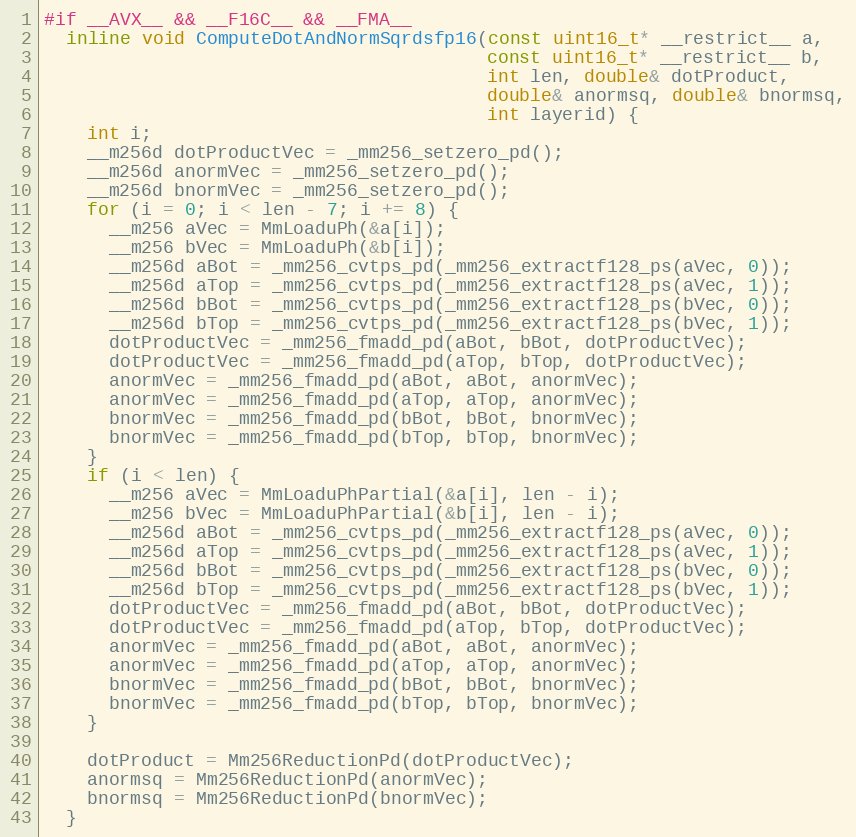
Language: C
#if __AVX__ && __F16C__ && __FMA__
  inline void ComputeDotAndNormSqrdsfp16(const uint16_t* __restrict__ a,
                                         const uint16_t* __restrict__ b,
                                         int len, double& dotProduct,
                                         double& anormsq, double& bnormsq,
                                         int layerid) {
    int i;
    __m256d dotProductVec = _mm256_setzero_pd();
    __m256d anormVec = _mm256_setzero_pd();
    __m256d bnormVec = _mm256_setzero_pd();
    for (i = 0; i < len - 7; i += 8) {
      __m256 aVec = MmLoaduPh(&a[i]);
      __m256 bVec = MmLoaduPh(&b[i]);
      __m256d aBot = _mm256_cvtps_pd(_mm256_extractf128_ps(aVec, 0));
      __m256d aTop = _mm256_cvtps_pd(_mm256_extractf128_ps(aVec, 1));
      __m256d bBot = _mm256_cvtps_pd(_mm256_extractf128_ps(bVec, 0));
      __m256d bTop = _mm256_cvtps_pd(_mm256_extractf128_ps(bVec, 1));
      dotProductVec = _mm256_fmadd_pd(aBot, bBot, dotProductVec);
      dotProductVec = _mm256_fmadd_pd(aTop, bTop, dotProductVec);
      anormVec = _mm256_fmadd_pd(aBot, aBot, anormVec);
      anormVec = _mm256_fmadd_pd(aTop, aTop, anormVec);
      bnormVec = _mm256_fmadd_pd(bBot, bBot, bnormVec);
      bnormVec = _mm256_fmadd_pd(bTop, bTop, bnormVec);
    }
    if (i < len) {
      __m256 aVec = MmLoaduPhPartial(&a[i], len - i);
      __m256 bVec = MmLoaduPhPartial(&b[i], len - i);
      __m256d aBot = _mm256_cvtps_pd(_mm256_extractf128_ps(aVec, 0));
      __m256d aTop = _mm256_cvtps_pd(_mm256_extractf128_ps(aVec, 1));
      __m256d bBot = _mm256_cvtps_pd(_mm256_extractf128_ps(bVec, 0));
      __m256d bTop = _mm256_cvtps_pd(_mm256_extractf128_ps(bVec, 1));
      dotProductVec = _mm256_fmadd_pd(aBot, bBot, dotProductVec);
      dotProductVec = _mm256_fmadd_pd(aTop, bTop, dotProductVec);
      anormVec = _mm256_fmadd_pd(aBot, aBot, anormVec);
      anormVec = _mm256_fmadd_pd(aTop, aTop, anormVec);
      bnormVec = _mm256_fmadd_pd(bBot, bBot, bnormVec);
      bnormVec = _mm256_fmadd_pd(bTop, bTop, bnormVec);
    }

    dotProduct = Mm256ReductionPd(dotProductVec);
    anormsq = Mm256ReductionPd(anormVec);
    bnormsq = Mm256ReductionPd(bnormVec);
  }